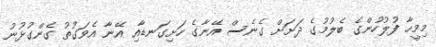
މިމީހާ ފުލުހުންގެ ބެލުމުގެ ދަށަށް ގެނެސް އޭނާގެ ހަށިގަނޑާއި އޭނާ އެވަގުތު ގެންގުޅުނު